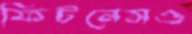
ফিটনেসও